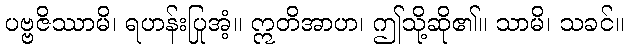
ပဗ္ဗဇိဿာမိ၊ ရဟန်းပြုအံ့။ ဣတိအာဟ၊ ဤသို့ဆို၏။ သာမိ၊ သခင်။